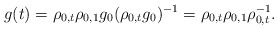
\begin{align*} g(t) = \rho_{0,t} \rho_{0,1} g_0 (\rho_{0,t} g_0)^{-1} = \rho_{0,t}\rho_{0,1} \rho_{0,t} ^{-1} .\end{align*}